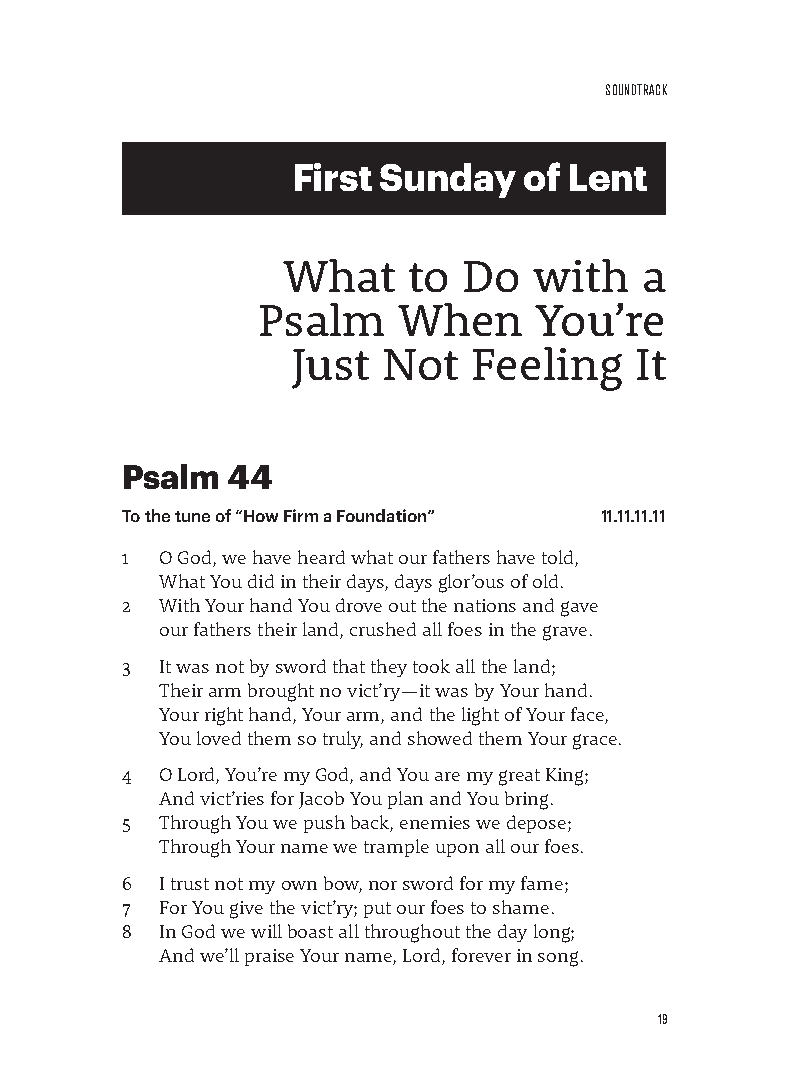
sounDTrACk
 First Sunday    of Lent
 What    to  Do  with   a
 Psalm    When     You’re
 Just  Not   Feeling    It
 Psalm  44
 To the tune of “How Firm a Foundation” 11.11.11.11
 1  O God, we have heard what our fathers have told,
 What You did in their days, days glor’ous of old.
 2  With Your hand You drove out the nations and gave
 our fathers their land, crushed all foes in the grave.
 3  It was not by sword that they took all the land;
 Their arm brought no vict’ry—it was by Your hand.
 Your right hand, Your arm, and the light of Your face,
 You loved them so truly, and showed them Your grace.
 4  O Lord, You’re my God, and You are my great King;
 And vict’ries for Jacob You plan and You bring.
 5  Through You we push back, enemies we depose;
 Through Your name we trample upon all our foes.
 6  I trust not my own bow, nor sword for my fame;
 7  For You give the vict’ry; put our foes to shame.
 8  In God we will boast all throughout the day long;
 And we’ll praise Your name, Lord, forever in song.
 19